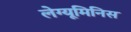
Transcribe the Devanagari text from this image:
लेग्यूमिनिस